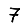
Digit: 7